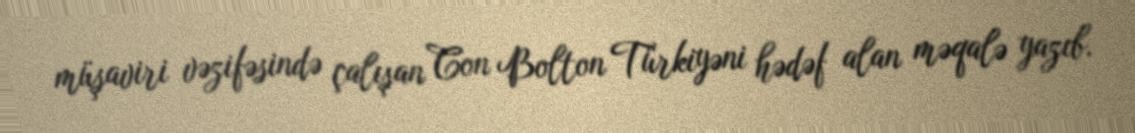
müşaviri vəzifəsində çalışan Con Bolton Türkiyəni hədəf alan məqalə yazıb.